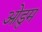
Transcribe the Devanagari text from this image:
ओडुम